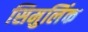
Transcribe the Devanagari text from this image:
सिमुलिंक